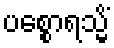
ပစ္စောရသ္မိံ